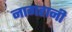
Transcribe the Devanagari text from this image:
नागहानी